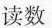
读数